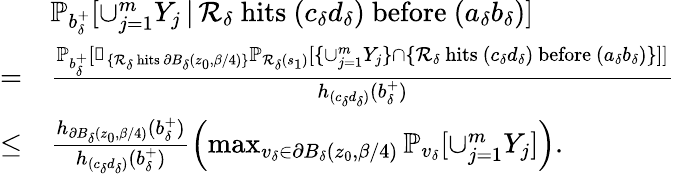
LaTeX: \begin{array}{rl}&{\mathbb{P}_{b_{\delta}^{+}}[\cup_{j=1}^{m}Y_{j}\, |\, \mathcal{R}_{\delta}\mathrm{~hits~}(c_{\delta}d_{\delta})\mathrm{~before~}(a_{\delta}b_{\delta})]}\\ {=}&{\frac{\mathbb{P}_{b_{\delta}^{+}}[\mathbb{1}_{\{ \mathcal{R}_{\delta}\mathrm{~hits~}\partial B_{\delta}(z_{0},\beta/4)\} }\mathbb{P}_{\mathcal{R}_{\delta}(s_{1})}[\{ \cup_{j=1}^{m}Y_{j}\} \cap\{ \mathcal{R}_{\delta}\mathrm{~hits~}(c_{\delta}d_{\delta})\mathrm{~before~}(a_{\delta}b_{\delta})\} ]]}{h_{(c_{\delta}d_{\delta})}(b_{\delta}^{+})}}\\ {\le}&{\frac{h_{\partial B_{\delta}(z_{0},\beta/4)}(b_{\delta}^{+})}{h_{(c_{\delta}d_{\delta})}(b_{\delta}^{+})}\left(\operatorname*{max}_{v_{\delta}\in\partial B_{\delta}(z_{0},\beta/4)}\mathbb{P}_{v_{\delta}}[\cup_{j=1}^{m}Y_{j}]\right).}\end{array}